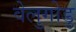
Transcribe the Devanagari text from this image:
वेलुगोडु